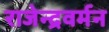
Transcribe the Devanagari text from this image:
राजेन्द्रवर्मन